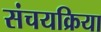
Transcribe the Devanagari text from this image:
संचयक्रिया